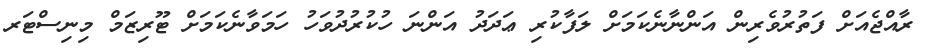
ރާއްޖެއަށް ފަތުރުވެރިން އަންނާނެކަމަށް ލަފާކުރި ޢަދަދު އަންނަ ހުކުރުދުވަހު ހަމަވާނެކަމަށް ޓޫރިޒަމް މިނިސްޓަރ